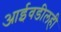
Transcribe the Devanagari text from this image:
आईवडीलही